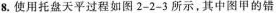
8.使用托盘天平过程如图2-2~3所示。其中图甲的错